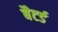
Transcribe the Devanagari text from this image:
बैटर्ड